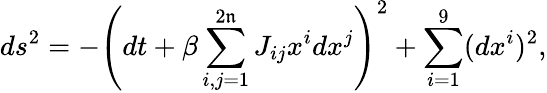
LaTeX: ds^{2}=-\left(dt+\beta\sum_{i,j=1}^{2\mathfrak{n}}J_{ij}x^{i}dx^{j}\right)^{2}+\sum_{i=1}^{9}(dx^{i})^{2},